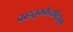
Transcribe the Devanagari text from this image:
वाहतूककेन्द्रबिंदूपैकी